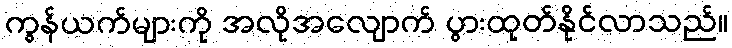
ကွန်ယက်များကို အလိုအလျောက် ပွားထုတ်နိုင်လာသည်။